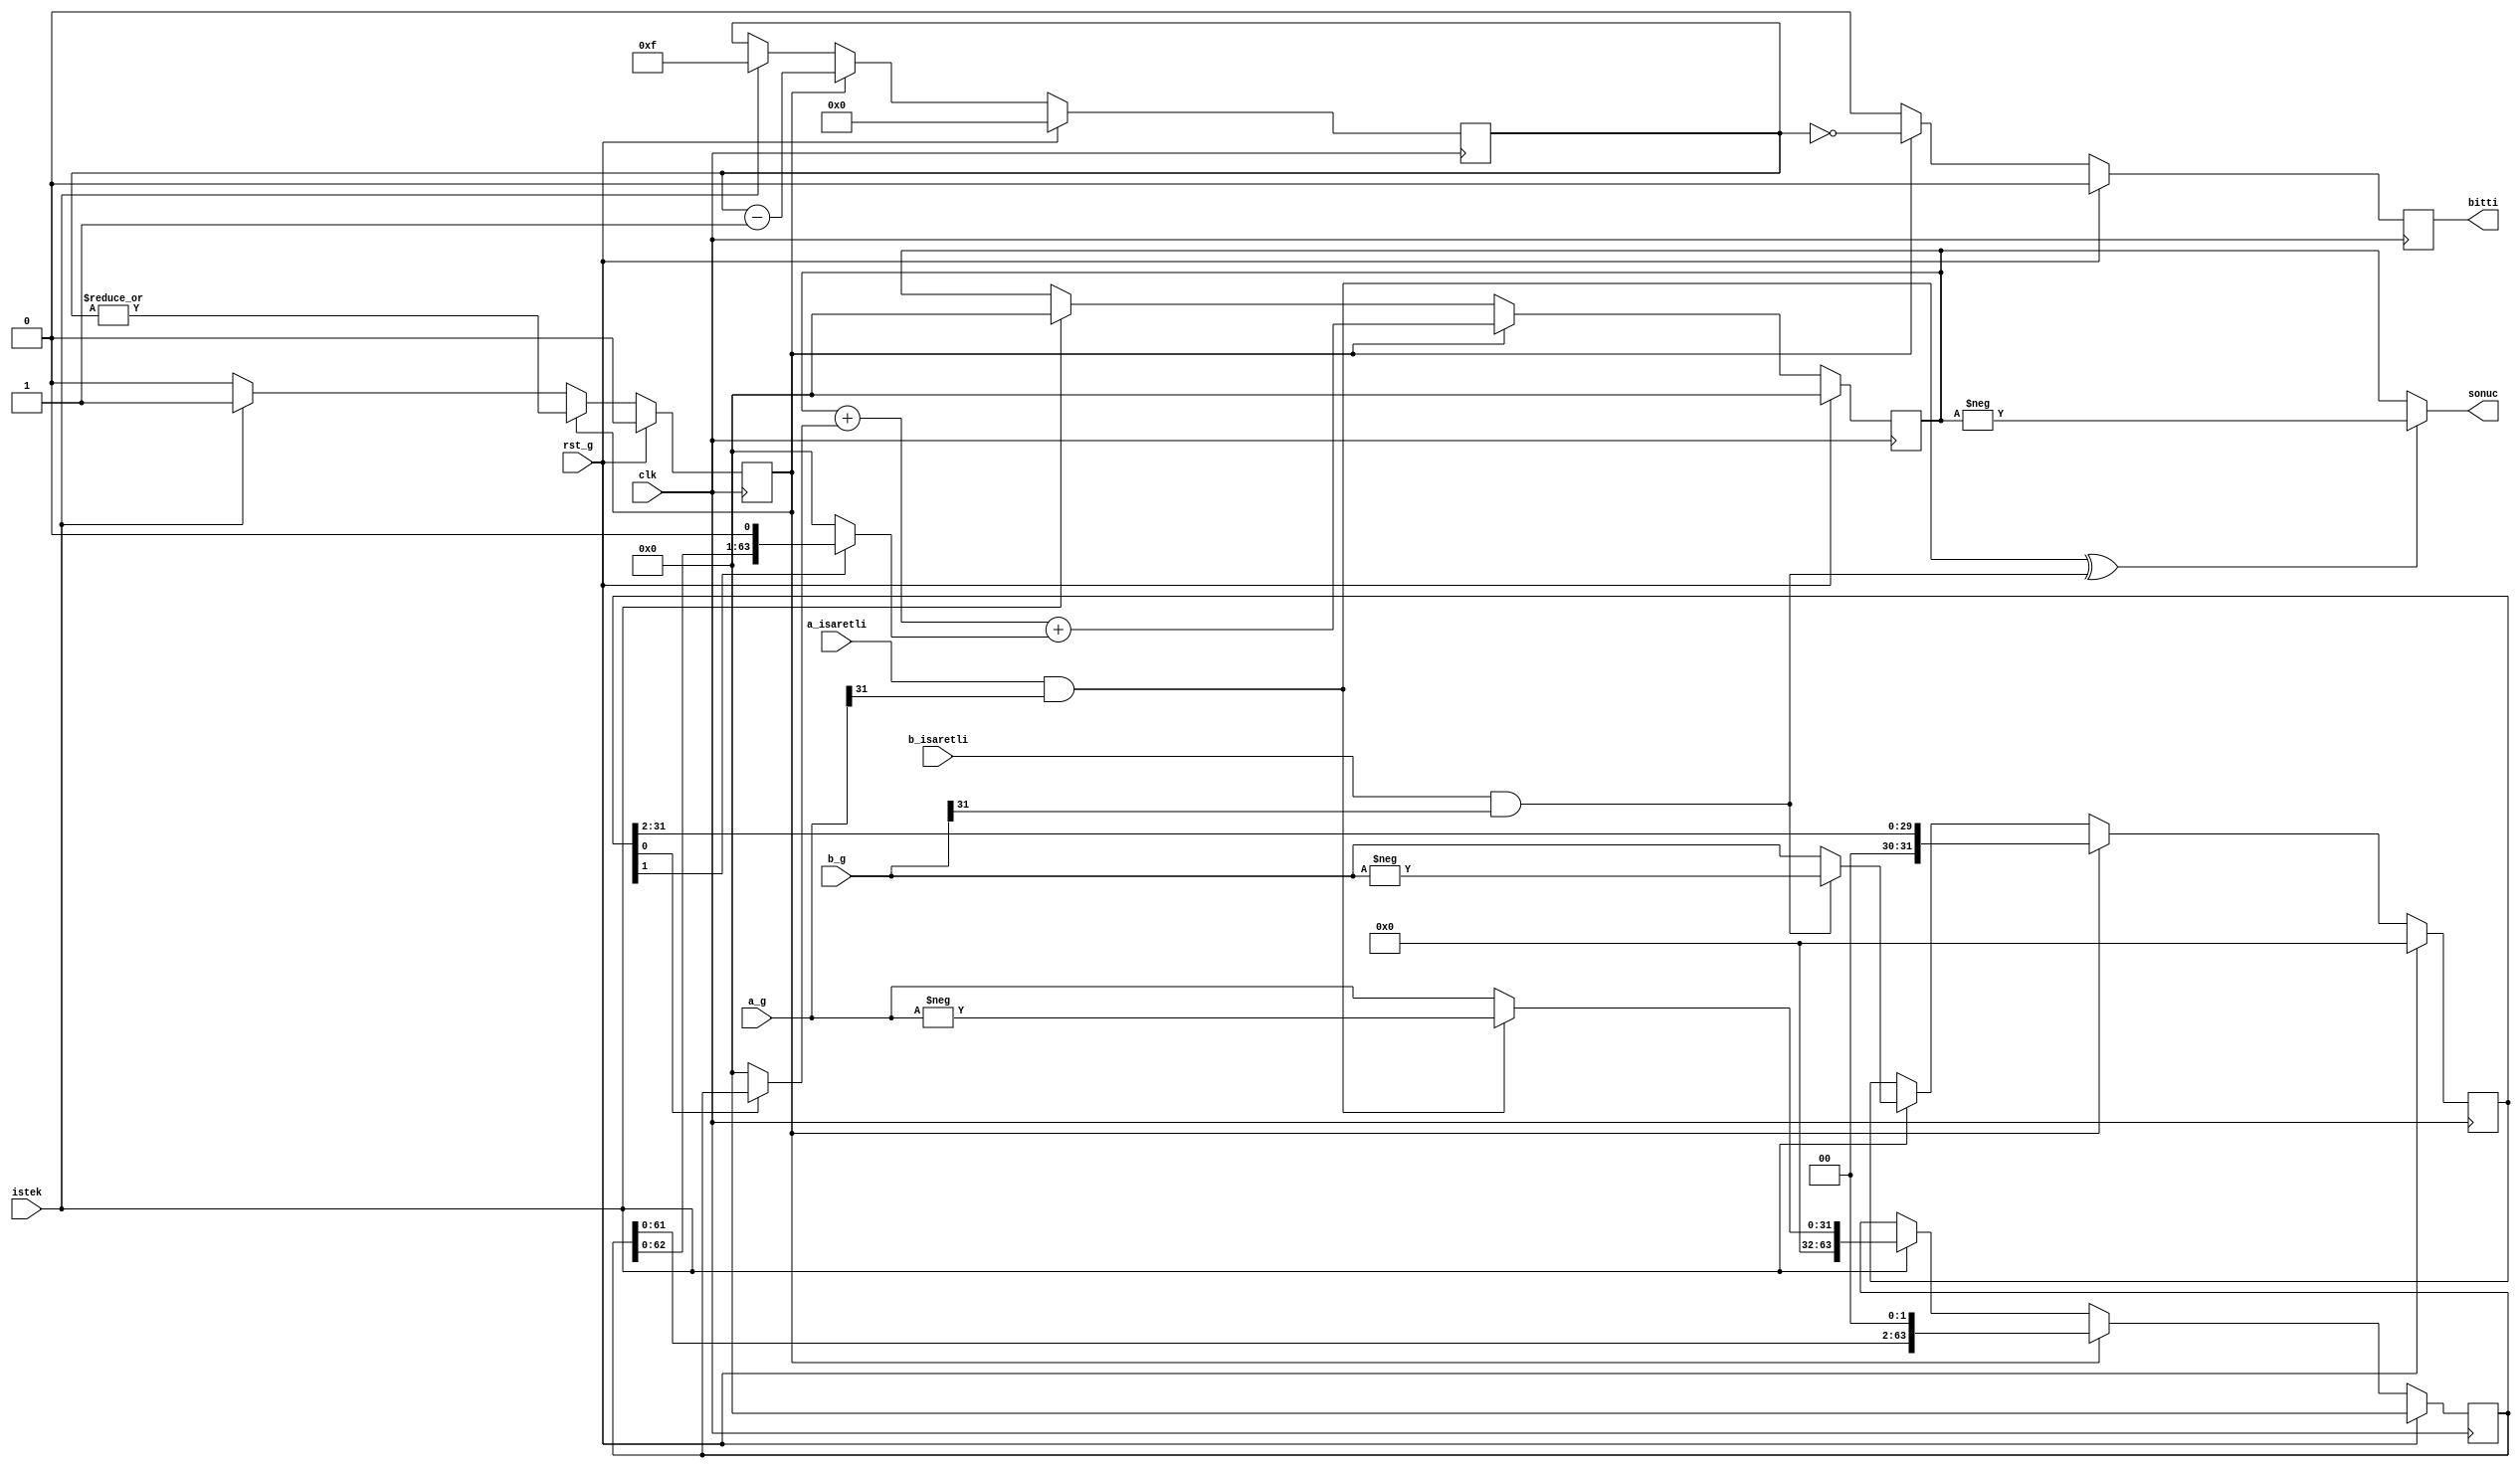
// SPDX-FileCopyrightText: 2020 Efabless Corporation
//
// Licensed under the Apache License, Version 2.0 (the "License");
// you may not use this file except in compliance with the License.
// You may obtain a copy of the License at
//
//      http://www.apache.org/licenses/LICENSE-2.0
//
// Unless required by applicable law or agreed to in writing, software
// distributed under the License is distributed on an "AS IS" BASIS,
// WITHOUT WARRANTIES OR CONDITIONS OF ANY KIND, either express or implied.
// See the License for the specific language governing permissions and
// limitations under the License.
// SPDX-License-Identifier: Apache-2.0
`timescale 1ns / 1ps


module iki_bit_adimli_carpici(
    input                   rst_g,
    input       [31:0]      a_g,
    input       [31:0]      b_g,
    input                   istek,
    input                   a_isaretli,
    input                   b_isaretli,
    input                   clk,
    output      [63:0]      sonuc,
    output      reg         bitti = 0
    );
    
    /*
        arpma her clock ba b'nin en kk iki biti a ile arplarak arpma ekleniyor.
        Sonraki admda b'yi iki saa kaydrp a'y iki sola kaydrarak yeni en kk bitiyle olacak arpmn asl deerini koruyoruz.
        Saylar negatif veya pozitif olmasna baklmakszn pozitif olarak alnyor.
        Eer sonu negatif olmas gerkiyorsa sonucu negatife evirilmi haliyle veriyor aksi halde normal kalyor.
        rnek:
            3   x   5   =   15
            -2  x   -3  =   2   x   3   =   6
            -2  x   4   = -(2   x   4)  =  -8
    */
    
    localparam EVET = 1'b1;
    localparam HAYIR = 1'b0;
    
    reg[63:0] A, A_next;
    reg[31:0] B, B_next;
    
    reg[63:0] carpim, carpim_next;
    
    reg hesaplaniyor = HAYIR, hesaplaniyor_next;
    
    reg bitti_next = 0;
    
    
    wire a_negatif_mi = a_isaretli & a_g[31];
    wire b_negatif_mi = b_isaretli & b_g[31];
    
    wire sonuc_negatif_mi = a_negatif_mi ^ b_negatif_mi;
    
    // B'nin ilk biti ile A'nn arpm B'nin ilk bit 1 ise A'nn kendisi deilse sfrdr
    wire[63:0] ilk_bit_carpim = ( B[0] ? A : 64'd0 );
    
    // B'nin ikinci biti ile A'nn arpm B'nin ikinci biti 1 ise A'nn ikiyle arplm/bir kaydrlm halidir deilse 0
    wire[63:0] ikinci_bit_carpim = ( B[1] ? {A[62:0], 1'd0} : 64'd0 );
    
    
    reg[3:0] adim = 4'hf, adim_next = 4'h7; // sabit clock says
    
    
    always@ (*) begin
        bitti_next = HAYIR;
        hesaplaniyor_next = hesaplaniyor;
        A_next = A;
        B_next = B;
        carpim_next = carpim;
        adim_next = adim;
        if (hesaplaniyor) begin
            hesaplaniyor_next = |(adim);
            bitti_next = (adim == 4'h0); // sabit clock says // bitti_next = ~ (|B[31:2]) & ~bitti;
            adim_next = adim - 1'b1; // sabit clock says
            A_next = A << 2;
            B_next = B >> 2;
            carpim_next = carpim + ilk_bit_carpim + ikinci_bit_carpim;
        end
        else if (istek) begin
            hesaplaniyor_next = EVET;
            A_next = ( a_negatif_mi ? {32'd0, -a_g} : {32'd0, a_g} ); // A 64 bit olduu iin yanna 0 ekliyoruz
            B_next = ( b_negatif_mi ? -b_g : b_g );
            carpim_next = 64'd0; // arpm sfrla
            bitti_next = HAYIR;
            adim_next = 4'hf; // sabit clock says
        end
    end
    
    always@ (posedge clk) begin
        if(rst_g) begin
            A <= 0;
            B <= 0;
            carpim <= 0;
            bitti <= 0;
            hesaplaniyor <= 0;;
            adim <= 0;
        end else begin
            A <= A_next;
            B <= B_next;
            carpim <= carpim_next;
            bitti <= bitti_next;
            hesaplaniyor <= hesaplaniyor_next;;
            adim <= adim_next; // sabit clock says
        end
    end
    
    assign sonuc = ( sonuc_negatif_mi ? -carpim : carpim );
    
endmodule